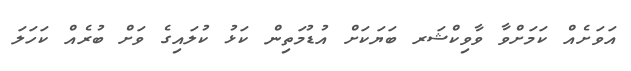
އަވަށެއް ކަމަށްވާ ވާވިކްޝަރ ބަޔަކަށް އުޑުމަތިން ކަޅު ކުލައިގެ ވަށް ބުރެއް ކަހަލަ